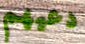
دعيهم